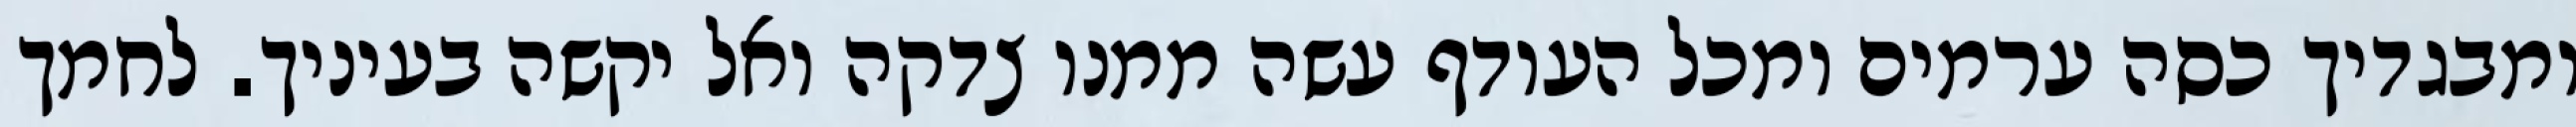
ומבגדיך כסה ערמים ומכל העודף עשה ממנו צדקה ואל יקשה בעיניך. לחמך